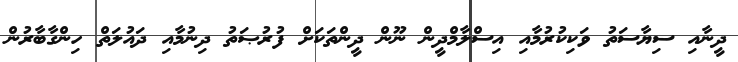
ދީނާއި ސިޔާސަތު ވަކިކުރުމާއި އިސްލާމްދީން ނޫން ދީންތަކަށް ފުރުޞަތު ދިނުމާއި ދައުލަތް ހިންގާބާރުން